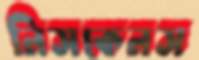
নিসকেনস